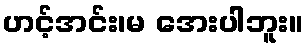
ဟင့်အင်း၊မ အေးပါဘူး။